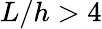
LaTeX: L/h>4